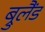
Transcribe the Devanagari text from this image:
ब्रुलैंड